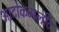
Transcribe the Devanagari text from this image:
आटोकम्प्लीट